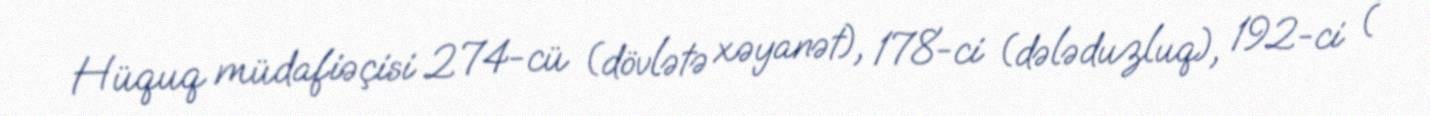
Hüquq müdafiəçisi 274-cü (dövlətə xəyanət), 178-ci (dələduzluq), 192-ci (